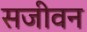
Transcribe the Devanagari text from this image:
सजीवन